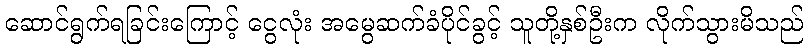
ဆောင်ရွက်ရခြင်းကြောင့် ငွေလုံး အမွေဆက်ခံပိုင်ခွင့် သူတို့နှစ်ဦးက လိုက်သွားမိသည်